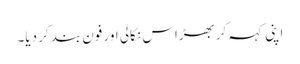
اپنی کہہ کر بھڑاس نکالی اور فون بند کر دیا۔